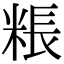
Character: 粻